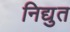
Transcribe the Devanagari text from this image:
निद्युत